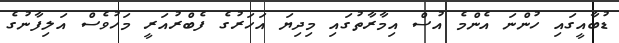
ޑުބާއީގައި ހުންނަ އެންމެ އުސް އިމާރާތުގައި މިދިޔަ އަހަރުގެ ފެބްރުއަރީ މަހުވެސް އަލިފާނުގެ